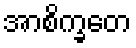
အာစိက္ခတေ